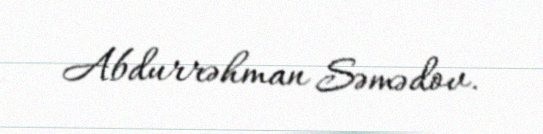
Abdurrəhman Səmədov.